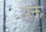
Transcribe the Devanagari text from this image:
अक्त